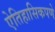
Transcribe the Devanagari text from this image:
ऐतिहासिकपणे